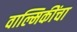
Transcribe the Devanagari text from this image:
वाल्मिकींचा